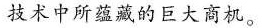
技术中所蕴藏的巨大商机。